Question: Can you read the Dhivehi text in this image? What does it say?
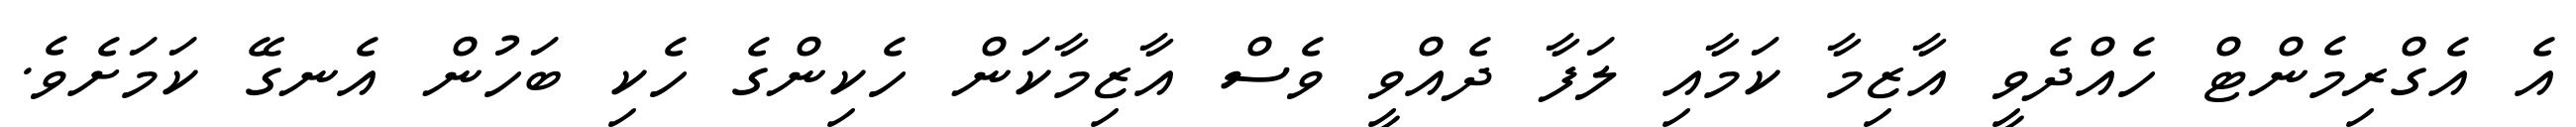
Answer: އެ އެގްރިމެންޓް ހެއްދެވީ އާޒިމާ ކަމާއި ލަފާ ދެއްވީ ވެސް އާޒިމާކަން ހެކިންގެ ހެކި ބަހުން އެނގޭ ކަމަށެވެ.